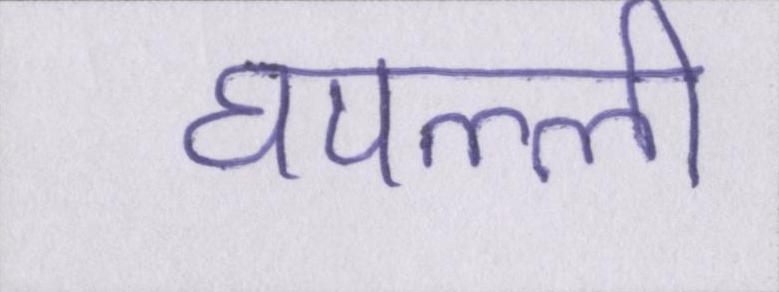
घपल्ली